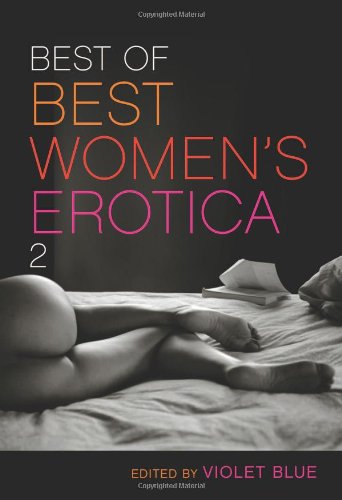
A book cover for Best of Best Women's Erotica 2; Romance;